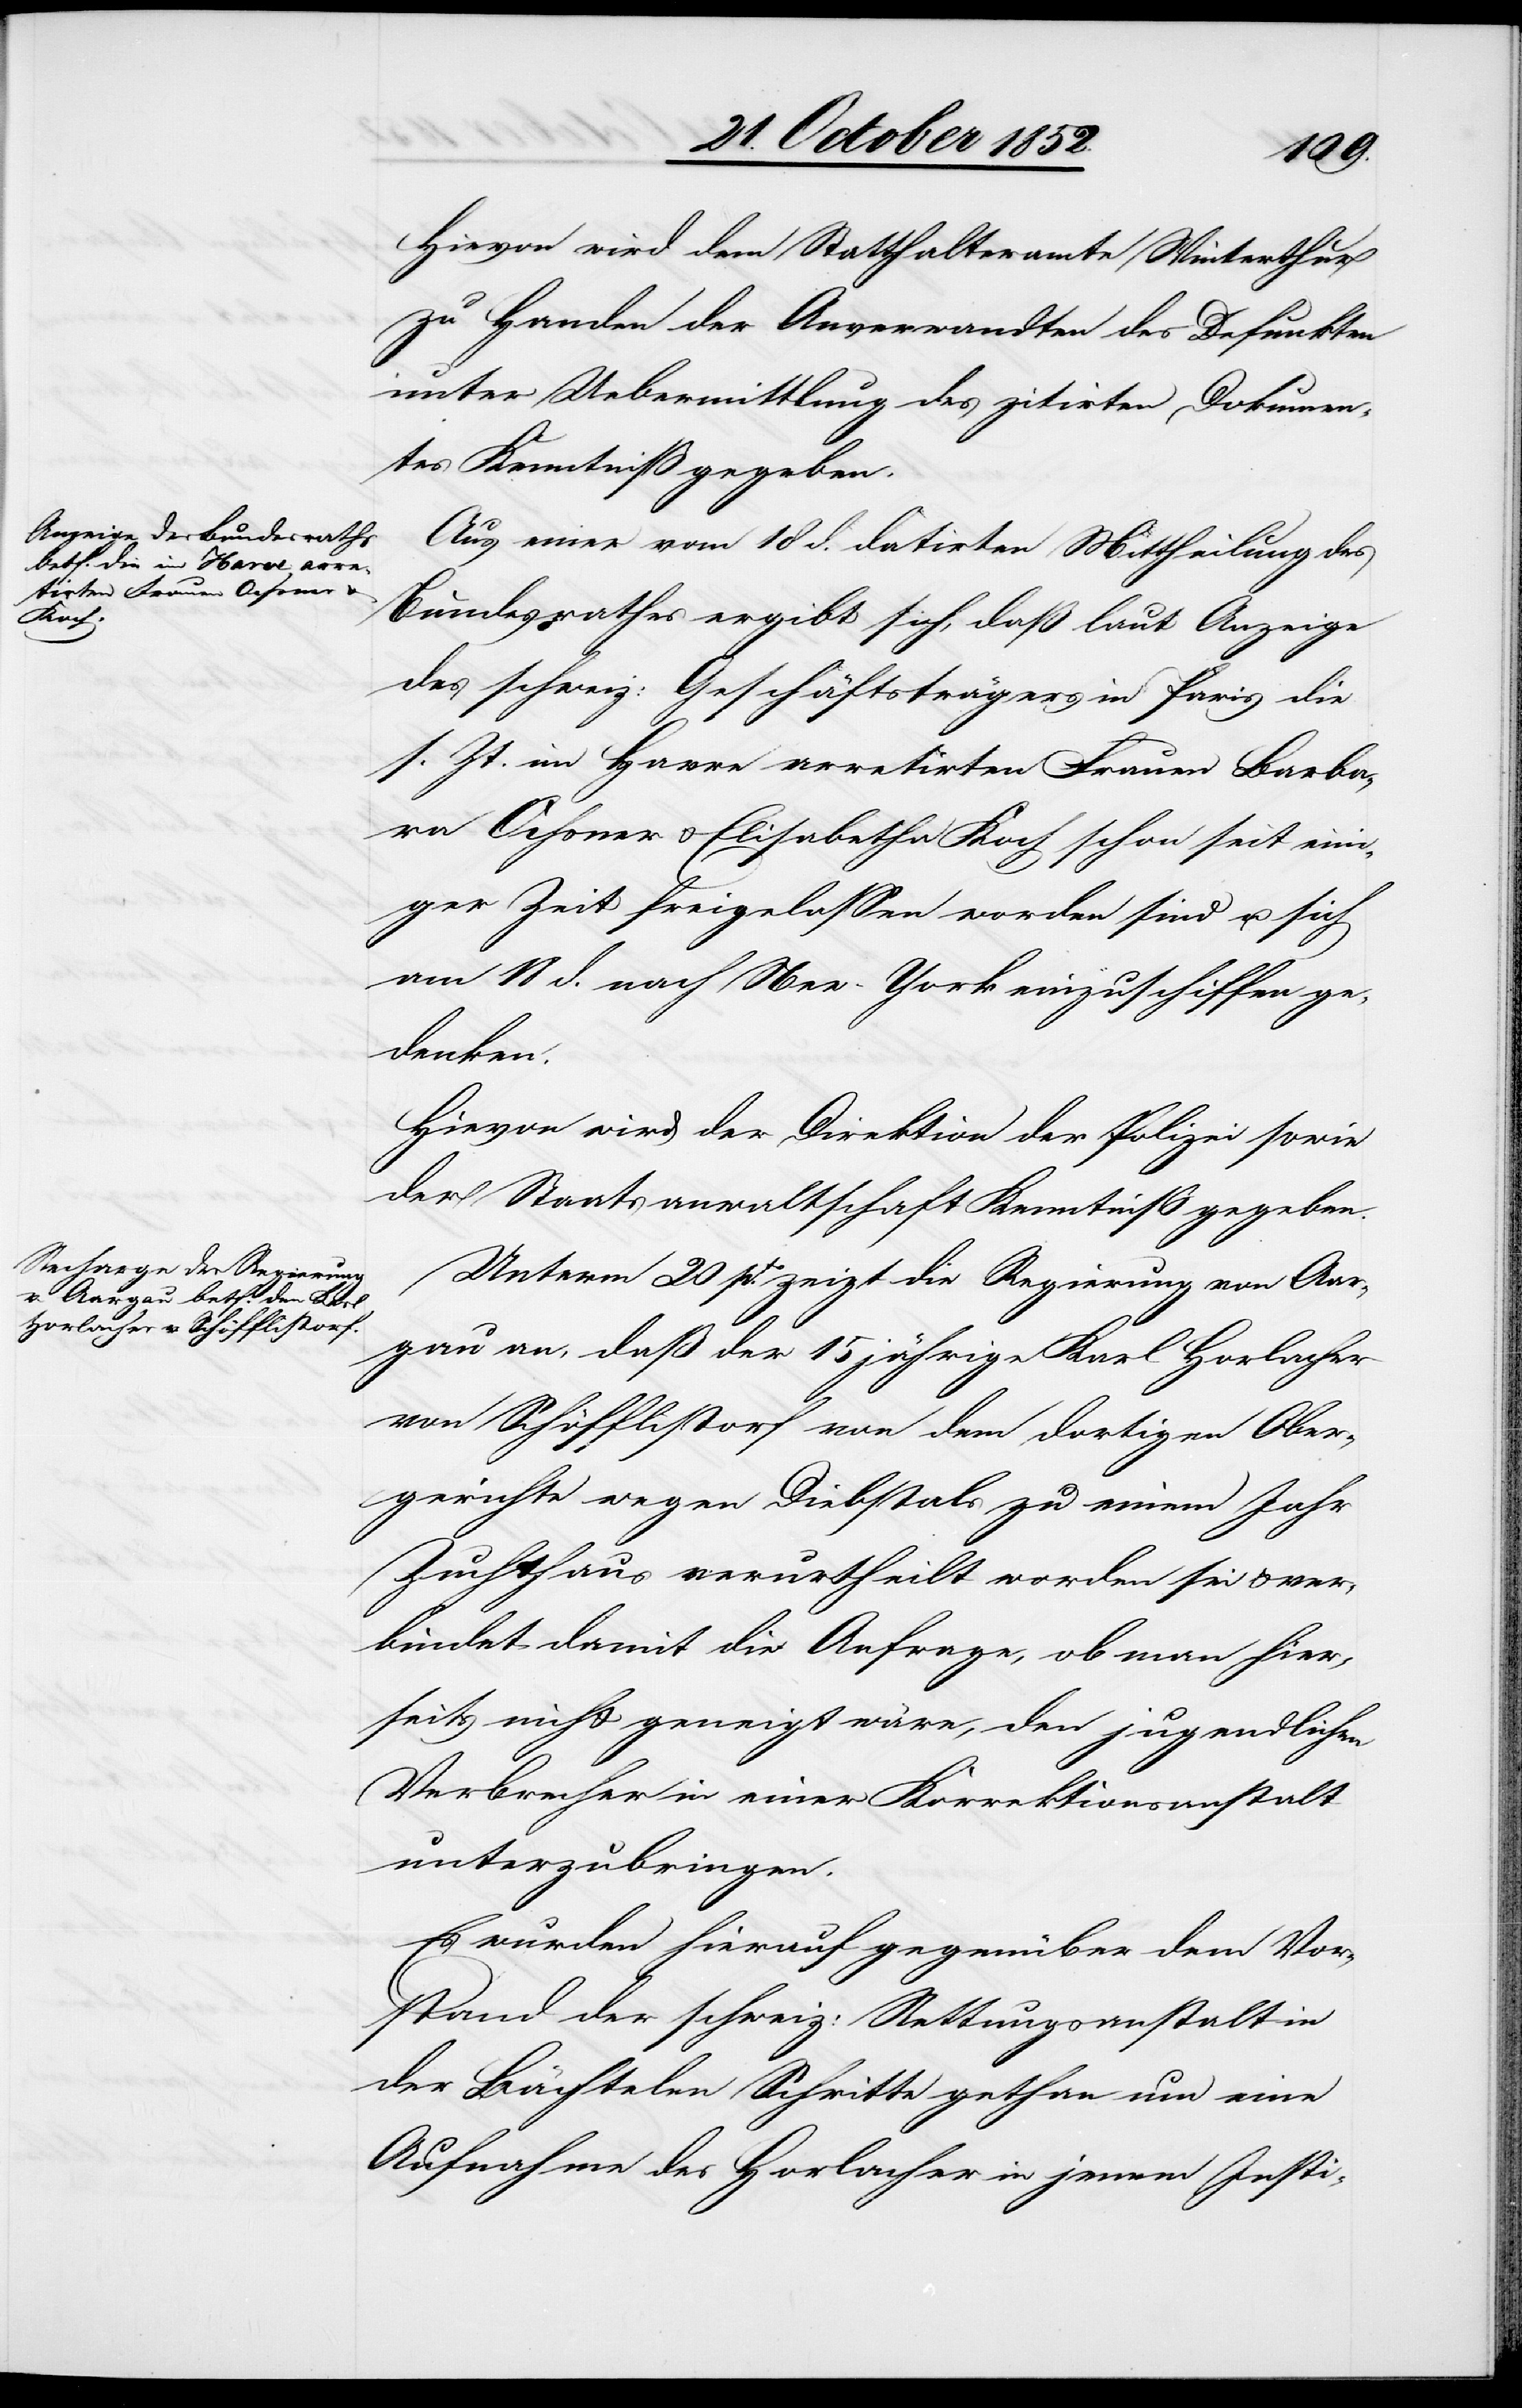
Hievon wird dem Statthalteramte Winterthur
zu Handen der Anverwandten des Defunkten
unter Uebermittlung des zitirten Dokumen¬
tes Kenntniß gegeben.
Aus einer vom 18 d. datirten Mittheilung des
Bundesrathes ergibt sich, daß laut Anzeige
des schweiz: Geschäftsträgers in Paris die
s. Zt. im Havre arretirten Frauen Barba¬
ra Ochsner & Elisabetha Koch schon seit eini¬
ger Zeit freigelassen worden sind u. sich
am 18 d. nach New-York einzuschiffen ge¬
denken.
Hievon wird der Direktion der Polizei sowie
der Staatsanwaltschaft Kenntniß gegeben.
Unterm 20 pto. zeigt die Regierung von Aar¬
gau an, daß der 15 jährige Karl Horlacher
von Schöfflistorf von dem dortigen Ober¬
gerichte wegen Diebstals zu einem Jahr
Zuchthaus verurtheilt worden sei & ver¬
bindet damit die Anfrage, ob man hier¬
seits nicht geneigt wäre, den jugendlichen
Verbrecher in einer Korrektionsanstalt
unterzubringen.
Es wurden hierauf gegenüber dem Vor¬
stand der schweiz: Rettungsanstalt in
der Bächtelen Schritte gethan um eine
Aufnahme des Horlacher in jenem Insti-